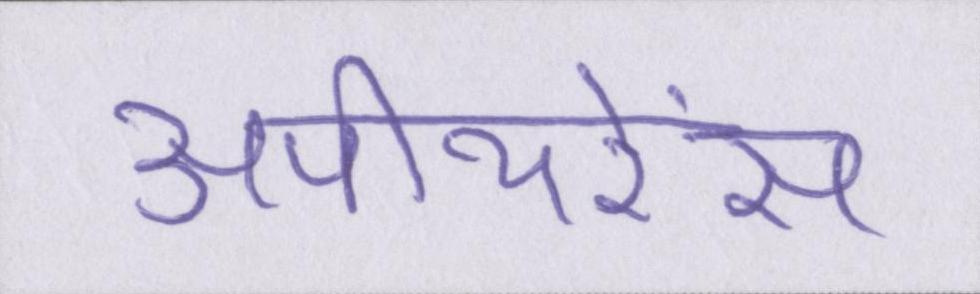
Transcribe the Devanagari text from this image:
अपीयरेंस